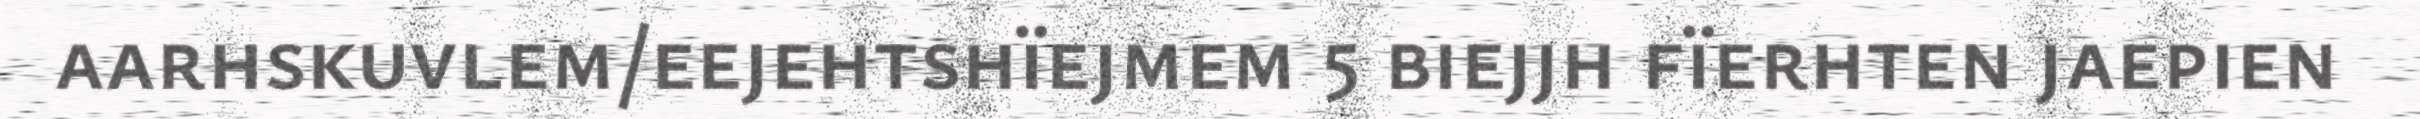
aarhskuvlem/eejehtshïejmem 5 biejjh fïerhten jaepien